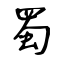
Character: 蜀